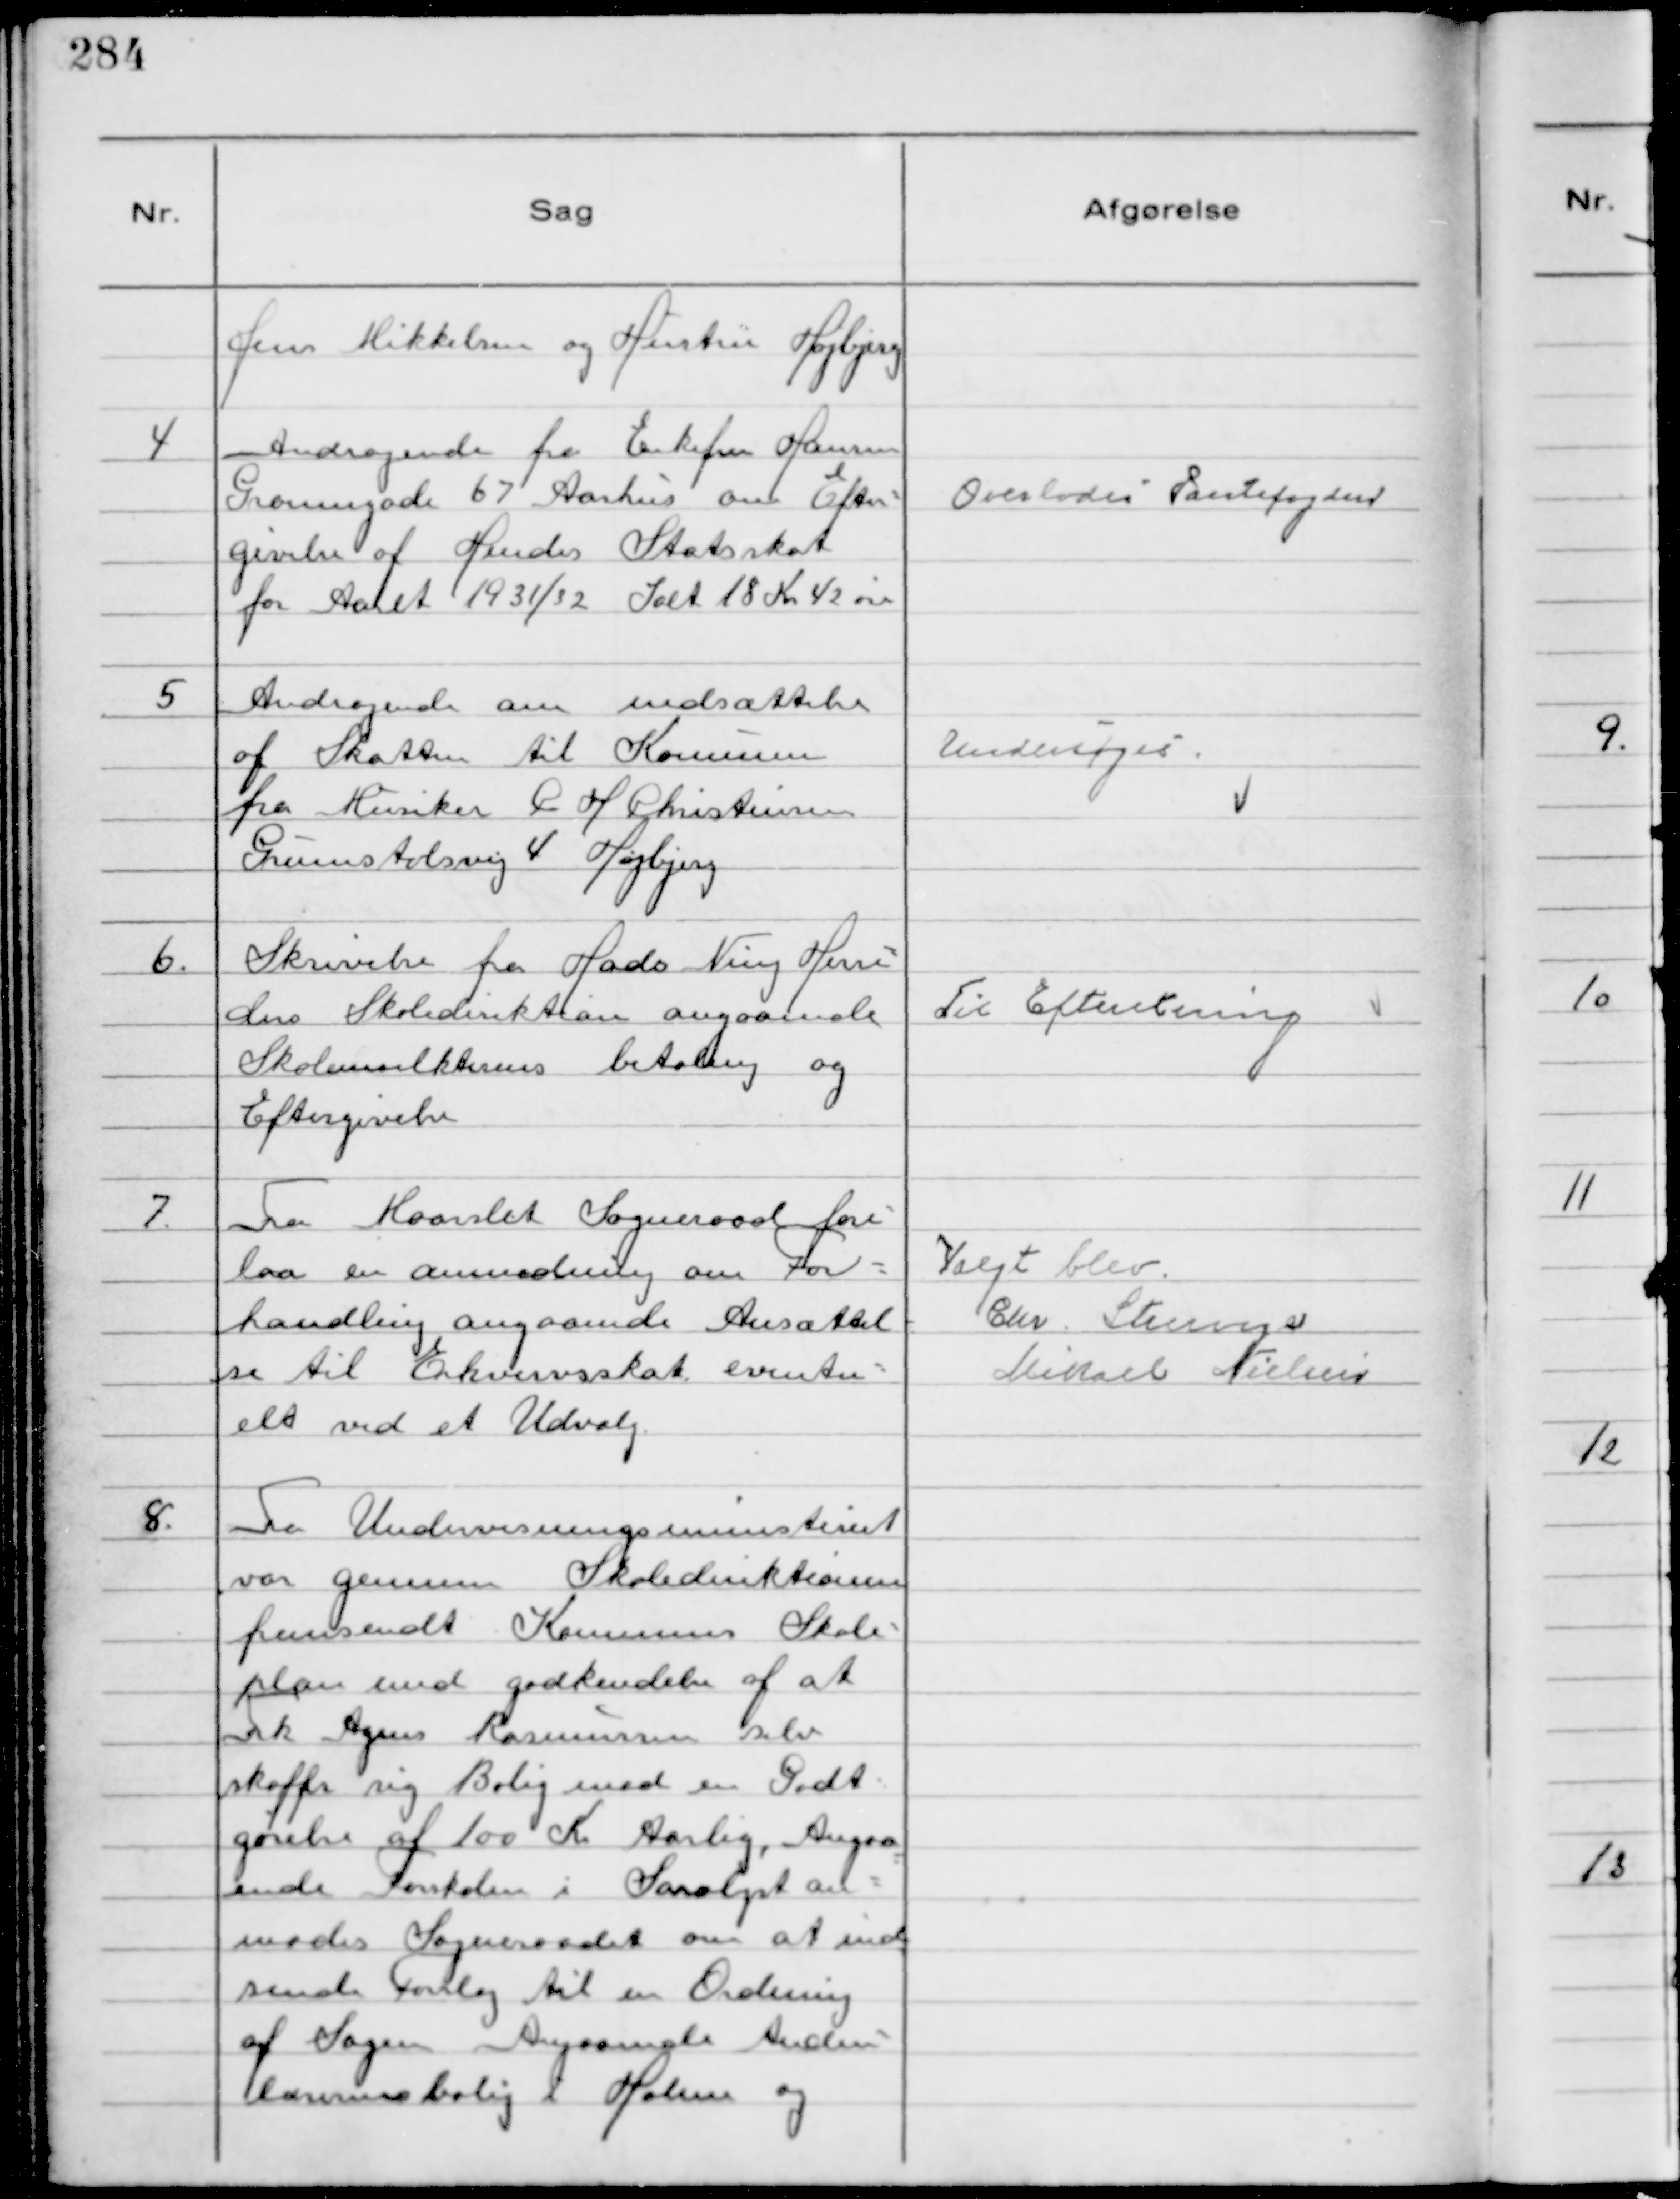
Transskription:
Jens Mikkelsen og Hustru Højbjerg

4
Andragende fra Enkefru Hansen
Grønnegade 67 Aarhus om Efter-
givelse af Hendes Statsskat
for Aaret 1931/32 Ialt 18 Kr 42 øre

Overlodes Pantefogden

5
Andragende om nedsættelse
af Skatten til Kommunen
fra Musiker C H Christensen
Grumstolsvej 4 Højbjerg

Undersøges

6.
Skrivelse fra Hads Ning Herre-
ders Skoledirektion angaaende
Skolemulkternes betaling og 
Eftergivelse

Til Efteretning

7.
Fra Maarslet Sogneraad fore-
laa en anmodning om For-
handling angaaende Ansættel-
se til Erhvervsskat eventu-
elt ved et Udvalg.

Valgt blev
Chr. Strunge
Mikael Nielsen

8.
Fra Undervisningsministeriet
var gennem Skoledirektionen
fremsendt Kommunens Skole-
plan med godkendelse af at
Frk Agnes Rasmussen selv
skaffer sig Bolig med en Godt-
gørelse af 100 Kr Aarlig, Angaa
ende Forskolen i Saralyst an-
modes Sogneraadet om at ind
sende Forslag til en Ordning
af Sagen Angaaende Anden-
lærerens bolig i Holme og